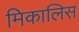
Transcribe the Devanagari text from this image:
मिकालिस